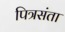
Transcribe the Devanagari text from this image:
पित्रसंता